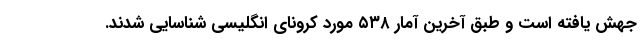
جهش یافته است و طبق آخرین آمار ۵٣٨ مورد کرونای انگلیسی شناسایی شدند.